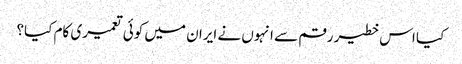
کیا اس خطیر رقم سے انہوں نے ایران میں کوئی تعمیری کام کیا؟